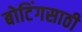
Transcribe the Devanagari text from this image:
बोटिंगसाठी